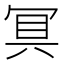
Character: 𭁷